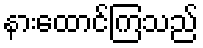
နားထောင်ကြသည်